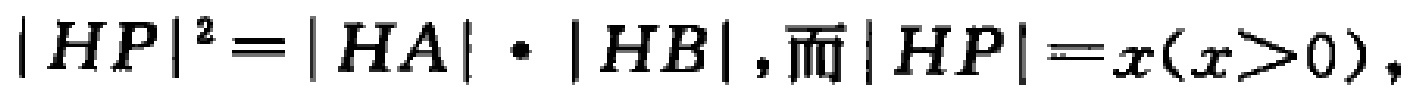
\(|HP|^{2}=|HA|\cdot|HB|,\text{而}|HP| = x(x > 0),\)